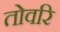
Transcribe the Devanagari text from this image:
तोवरि